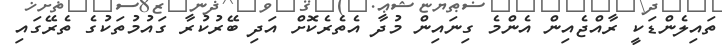
ތައިލެންޑަކީ ރާއްޖެއިން އެންމެ ގިނައިން މުދާ އެތެރެކޮށް އަދި ބޭރުކުރާ ގައުމުތަކުގެ ތެރޭގައި